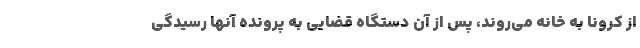
از کرونا به خانه می‌روند، پس از آن دستگاه قضایی به پرونده آنها رسیدگی